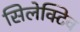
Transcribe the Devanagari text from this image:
सिलेक्टिव